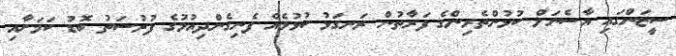
ސީޒަންގައި އާސެނަލް ކުޅުންތެރިންގެ ފަރާތުން ރަނގަޅު ކުޅުމެއް ފެނިގެންދިއުމުގެ ފުރުސަތު ބޮޑު ކަމަށާއި